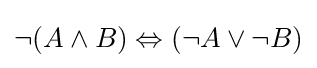
\lnot (A\land B)\Leftrightarrow (\lnot A\lor \lnot B)